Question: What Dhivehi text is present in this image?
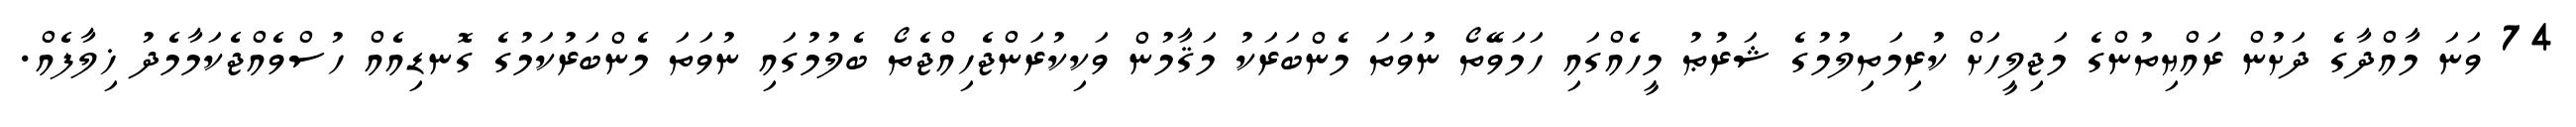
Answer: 74 ވަނަ މާއްދާގެ ދަށުން ރައްޔިތުންގެ މަޖިލީހަށް ކުރިމަތިލުމުގެ ޝަރުޠު މީހެއްގައި ހަމަވޭތޯ ނުވަތަ މެންބަރަކު މަޤާމުން ވަކިކުރަންޖެހިއްޖެތޯ ބެލުމުގައި ނުވަތަ މެންބަރުކަމުގެ ގޮނޑިއެއް ހުސްވެއްޖެކަމާމެދު ޚިލާފެއް.